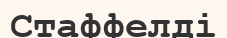
Стаффелді